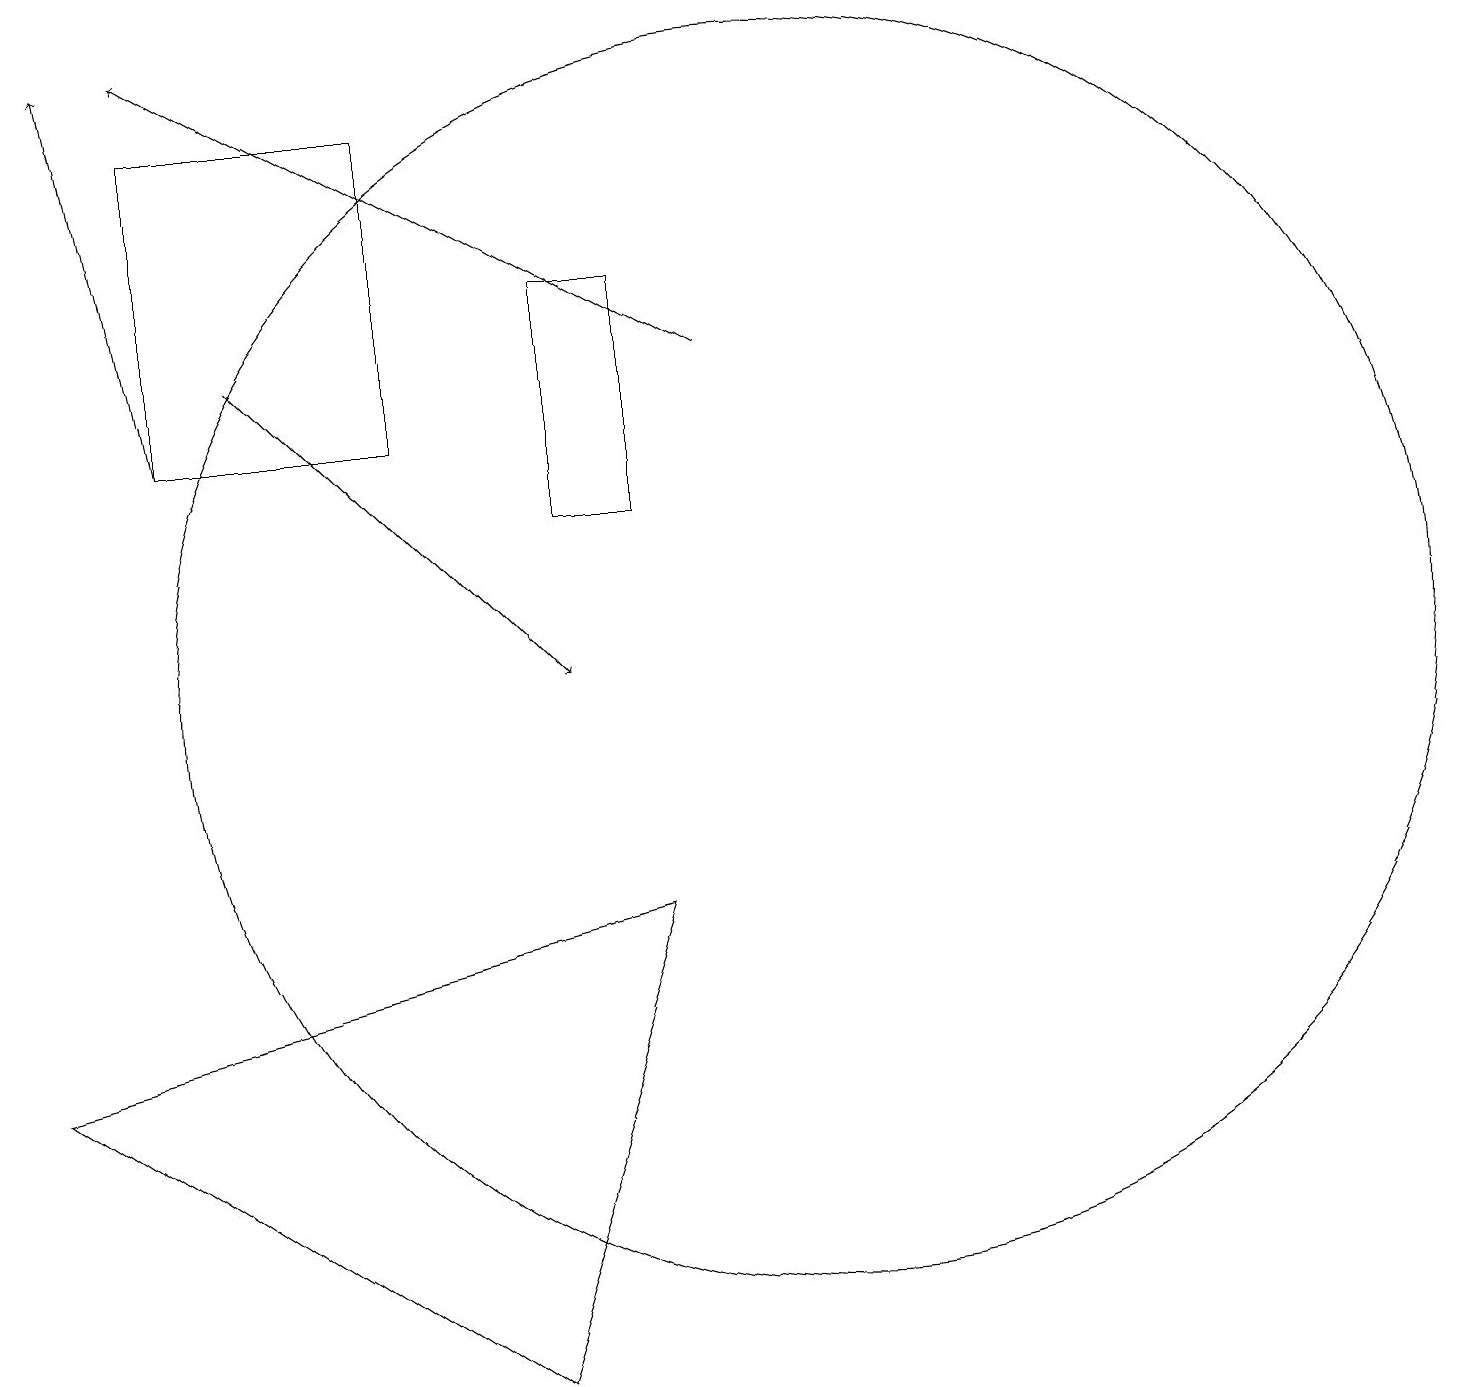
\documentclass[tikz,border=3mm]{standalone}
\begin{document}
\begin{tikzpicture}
\draw[->] (2,14) -- (1,19);
\draw[->] (3,15) -- (7,11);
\draw (10,11) circle (8);
\draw (5,18) rectangle (2,14);
\draw[->] (9,15) -- (2,19);
\draw (8,16) rectangle (7,13);
\draw (0,6) -- (8,8) -- (6,2) -- cycle;
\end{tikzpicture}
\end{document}